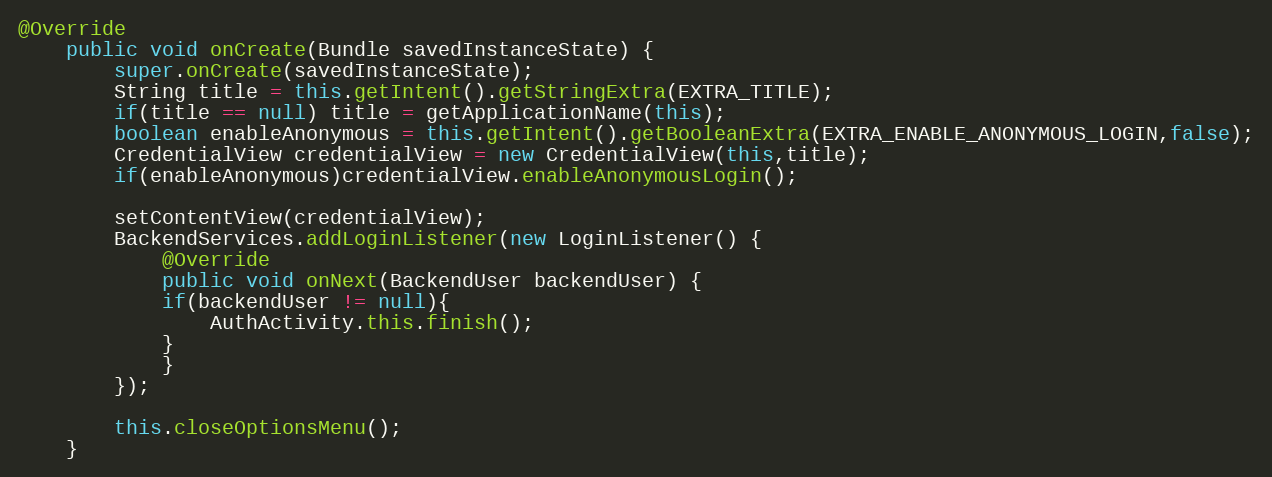
Language: Java
@Override
    public void onCreate(Bundle savedInstanceState) {
        super.onCreate(savedInstanceState);
        String title = this.getIntent().getStringExtra(EXTRA_TITLE);
        if(title == null) title = getApplicationName(this);
        boolean enableAnonymous = this.getIntent().getBooleanExtra(EXTRA_ENABLE_ANONYMOUS_LOGIN,false);
        CredentialView credentialView = new CredentialView(this,title);
        if(enableAnonymous)credentialView.enableAnonymousLogin();

        setContentView(credentialView);
        BackendServices.addLoginListener(new LoginListener() {
            @Override
            public void onNext(BackendUser backendUser) {
            if(backendUser != null){
                AuthActivity.this.finish();
            }
            }
        });

        this.closeOptionsMenu();
    }